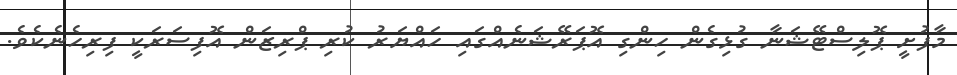
މާފުށީ ޕޮލިސްޓޭޝަނާ ގުޅިގެން ހިންގި އޮޕަރޭޝަނެއްގައި ހައްޔަރު ކުރި ޕްރިޒަން އޮފިސަރަކީ ފިރިހެނެކެވެ.